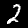
Label: 2